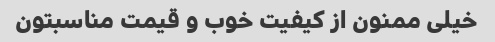
خیلی ممنون از کیفیت خوب و قیمت مناسبتون